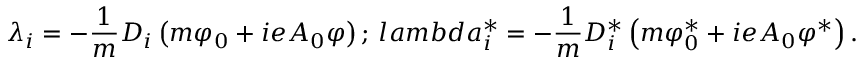
\lambda _ { i } = - \frac { 1 } { m } D _ { i } \left( m \varphi _ { 0 } + i e A _ { 0 } \varphi \right) ; \, l a m b d a _ { i } ^ { \ast } = - \frac { 1 } { m } D _ { i } ^ { \ast } \left( m \varphi _ { 0 } ^ { \ast } + i e A _ { 0 } \varphi ^ { \ast } \right) .